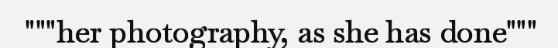
"""her photography, as she has done"""